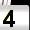
Digit: 4